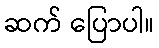
ဆက် ပြောပါ။